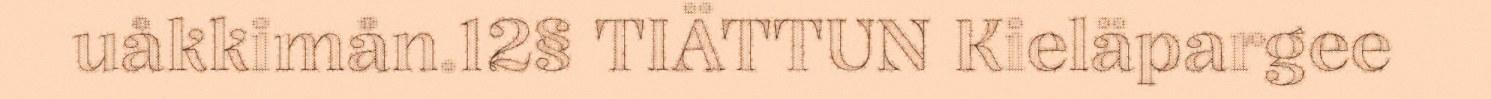
uåkkimån.12§ TIÄTTUN Kieläpargee